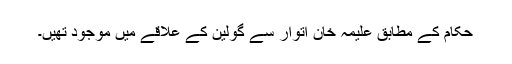
حکام کے مطابق علیمہ خان اتوار سے گولین کے علاقے میں موجود تھیں۔